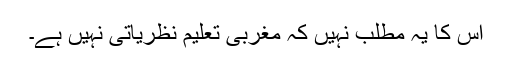
اس کا یہ مطلب نہیں کہ مغربی تعلیم نظریاتی نہیں ہے۔